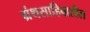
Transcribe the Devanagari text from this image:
ग्रंथसाहिबातील